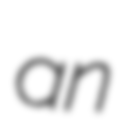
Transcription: an